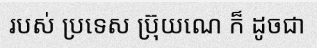
របស់ ប្រទេស ប្រ៊ុយណេ ក៏ ដូចជា